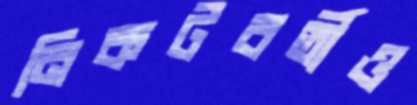
নিকটবর্তীও